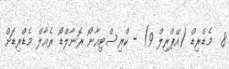
8  މެޑްރިޑް (އޭޕްރިލް 9) - ކްރިސްޓިއާނޯ ރޮނާލްޑޯ ރެއާލް މެޑްރިޑަށް